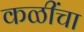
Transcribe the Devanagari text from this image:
कळींचा